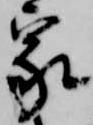
家